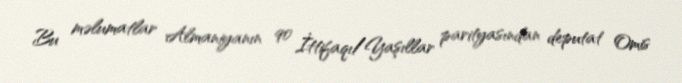
Bu məlumatlar Almaniyanın 90 İttifaqı/Yaşıllar parityasından deputat Omis